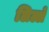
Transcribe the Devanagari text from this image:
लिल्ले